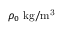
\rho _ { 0 } ~ \mathrm { { k g / m ^ { 3 } } }